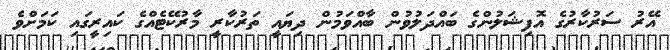
އޭރު ސަރުކާރުގެ އޮފިޝަލުންގެ ބައްދަލުވުން ބާއްވަމުން ދިޔައީ ތަރުކާރީ މާރުކޭޓެއްގެ ކައިރީގައި ކަމަށްވެ